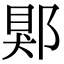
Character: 郹